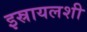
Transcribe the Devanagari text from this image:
इस्रायलशी